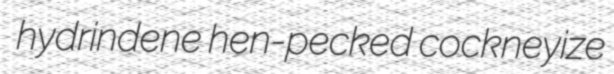
hydrindene hen-pecked cockneyize